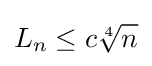
L_{n}\leq c{\sqrt[{4}]{n}}